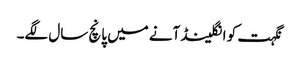
نگہت کو انگلینڈ آنے میں پانچ سال لگے۔